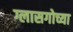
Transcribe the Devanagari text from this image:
ग्लासगोच्या